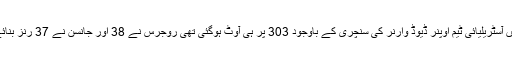
جواب میں آسٹریلیائی ٹیم اوپنر ڈیوڈ وارنر کی سنچری کے باوجود 303 پر ہی آوٹ ہوگئی تھی روجرس نے 38 اور جانسن نے 37 رنز بنائے تھے ۔